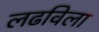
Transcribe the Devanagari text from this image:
लढविला